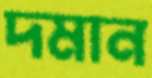
দমান